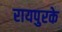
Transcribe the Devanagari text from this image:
रायपुरके